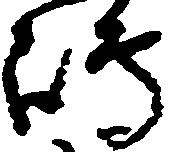
嶋